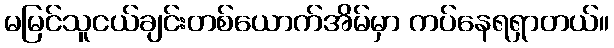
မမြင်သူငယ်ချင်းတစ်ယောက်အိမ်မှာ ကပ်နေရရှာတယ်။